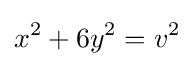
x^{2}+6y^{2}=v^{2}